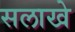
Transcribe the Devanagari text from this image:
सलाखे